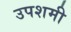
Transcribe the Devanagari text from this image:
उपशमी